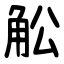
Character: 䚗